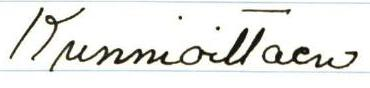
Kunnioittaen